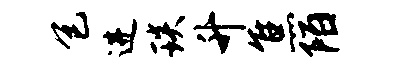
包进琰升焦陌